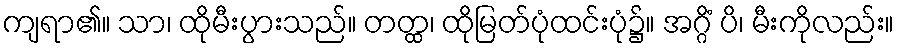
ကျရာ၏။ သာ၊ ထိုမီးပွားသည်။ တတ္ထ၊ ထိုမြတ်ပုံထင်းပုံ၌။ အဂ္ဂိံ ပိ၊ မီးကိုလည်း။